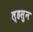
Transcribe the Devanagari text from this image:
ल्हसुन